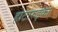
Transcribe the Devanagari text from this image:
होटारुइका